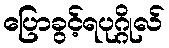
ပြောခွင့်ရပုဂ္ဂိုလ်